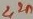
Text: 2,2n